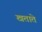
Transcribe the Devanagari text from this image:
खताते